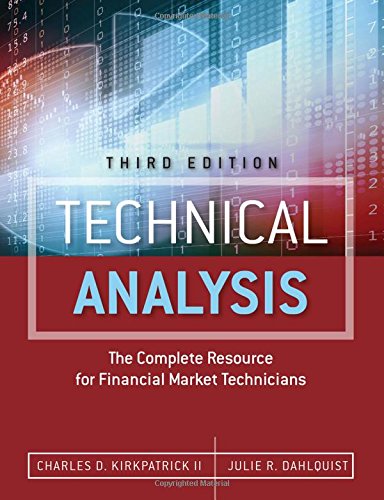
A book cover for Technical Analysis: The Complete Resource for Financial Market Technicians (3rd Edition); Charles D. Kirkpatrick II; Business & Money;